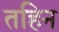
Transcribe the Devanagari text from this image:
तहिन